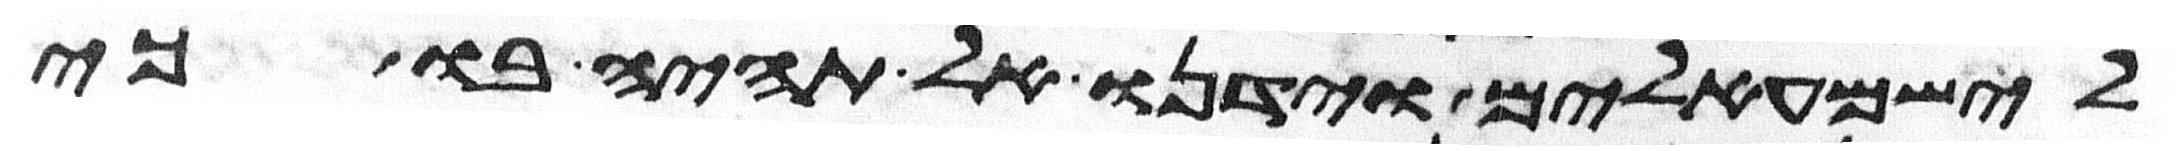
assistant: לישמעאלים וידנו אל תהיה בו כי